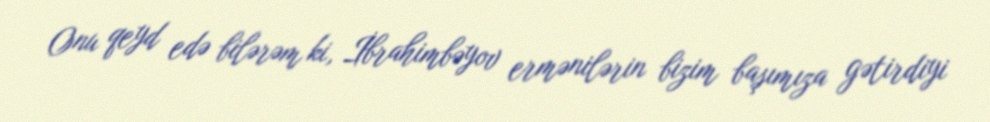
Onu qeyd edə bilərəm ki, İbrahimbəyov ermənilərin bizim başımıza gətirdiyi